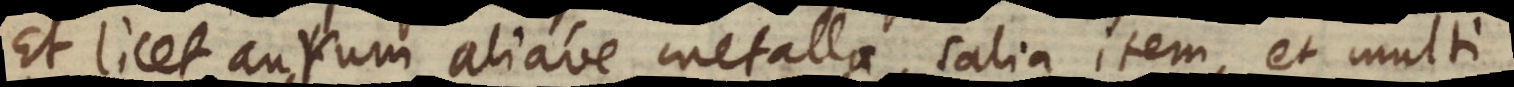
Et licet aurum aliave metalla, salia item, et multi